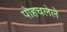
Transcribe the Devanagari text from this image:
पोहचलेले